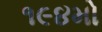
૧૯૪મો